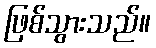
ဖြစ်သွားသည်။